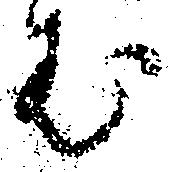
む